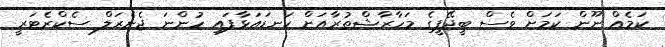
ކަމެއް ނޫން ކަމަށް ވެސް ބީޖޭޕީގެ މަހާރާޝްތުރާއަށް ކަނޑައަޅާފައި ހުންނަ ޖެނެރަލް ސެކްރެޓަރީ